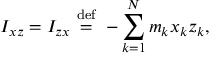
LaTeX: I _ { x z } = I _ { z x } \ { \stackrel { \mathrm { d e f } } { = } } \ - \sum _ { k = 1 } ^ { N } m _ { k } x _ { k } z _ { k } , \,